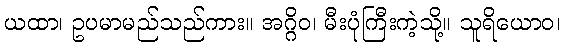
ယထာ၊ ဥပမာမည်သည်ကား။ အဂ္ဂိဝ၊ မီးပုံကြီးကဲ့သို့။ သူရိယောဝ၊